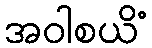
အဝါစယိံ